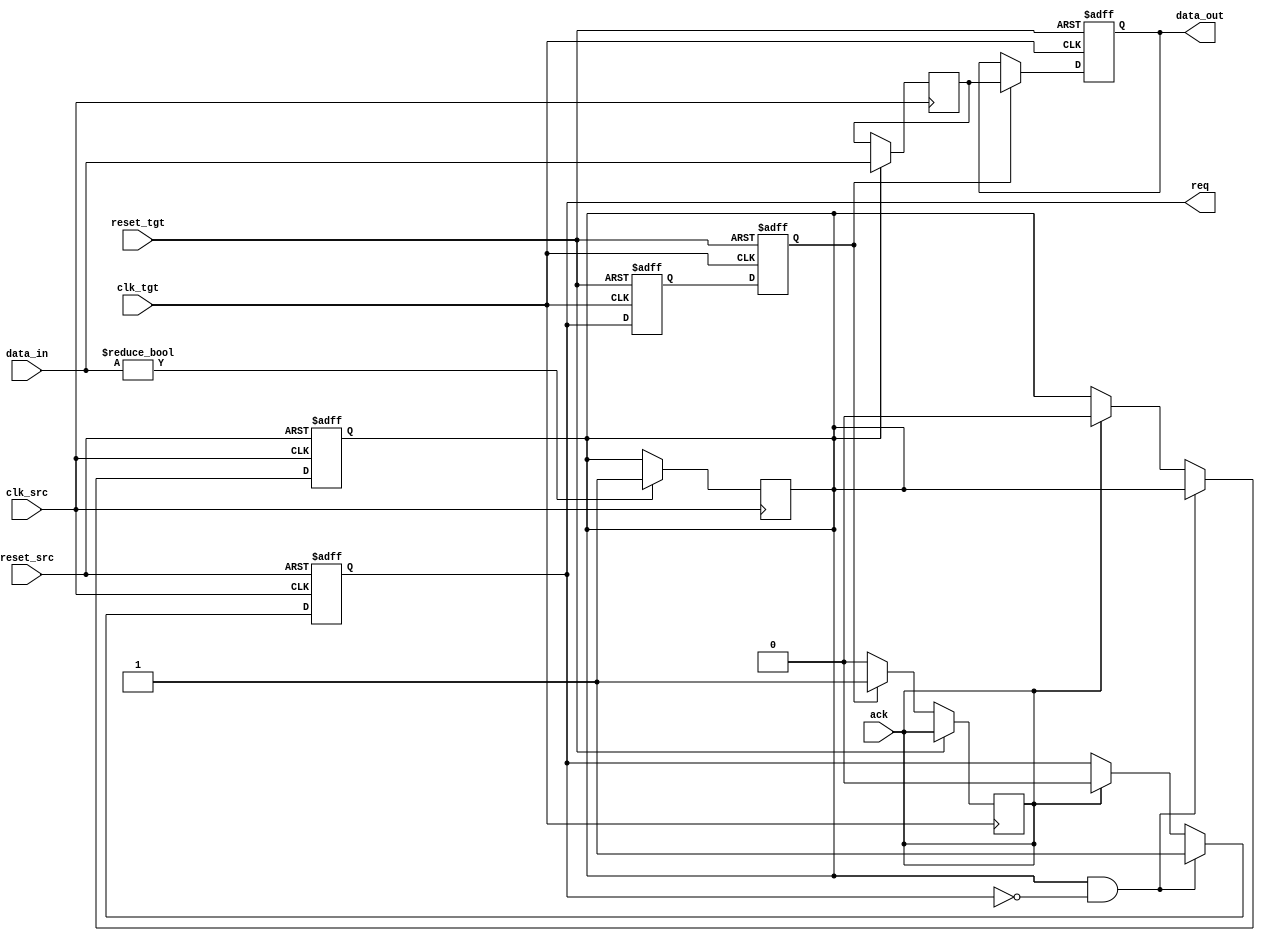
module handshake_synchronizer (
    input wire clk_src,          // Source clock
    input wire clk_tgt,          // Target clock
    input wire reset_src,        // Reset for source domain
    input wire reset_tgt,        // Reset for target domain
    input wire [7:0] data_in,    // Data input from sender
    output reg req,              // Request signal from sender
    input wire ack,              // Acknowledge signal from receiver
    output reg [7:0] data_out     // Data output to receiver
);

    // State variables
    reg [7:0] data_buffer;       // Buffer to hold data for transfer
    reg data_valid;              // Flag to indicate valid data

    // Sender logic
    always @(posedge clk_src or posedge reset_src) begin
        if (reset_src) begin
            req <= 1'b0;
            data_valid <= 1'b0;
        end else begin
            if (data_valid && !req) begin
                req <= 1'b1; // Assert request if data is valid
            end else if (ack) begin
                req <= 1'b0; // De-assert request upon receiving ack
                data_valid <= 1'b0; // Clear data valid flag
            end
        end
    end

    // Data transfer logic
    always @(posedge clk_src) begin
        if (data_valid) begin
            data_buffer <= data_in; // Store data to buffer
        end
    end

    // Receiver logic
    reg req_sync1, req_sync2; // Synchronization registers for request signal

    always @(posedge clk_tgt or posedge reset_tgt) begin
        if (reset_tgt) begin
            req_sync1 <= 1'b0;
            req_sync2 <= 1'b0;
            data_out <= 8'b0;
        end else begin
            req_sync1 <= req; // First stage of synchronization
            req_sync2 <= req_sync1; // Second stage of synchronization

            if (req_sync2) begin
                data_out <= data_buffer; // Capture data when request is asserted
                ack <= 1'b1; // Assert acknowledge signal
            end else begin
                ack <= 1'b0; // De-assert acknowledge when request is not active
            end
        end
    end

    // Data valid logic in the sender
    always @(posedge clk_src) begin
        if (data_in != 8'b0) begin
            data_valid <= 1'b1; // Set data valid if data is not zero
        end
    end

endmodule